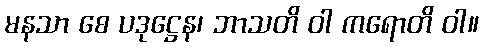
မနသာ စေ ပဒုဋ္ဌေန၊ ဘာသတိ ဝါ ကရောတိ ဝါ။